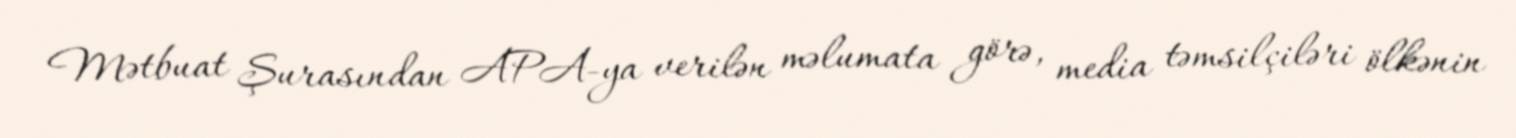
Mətbuat Şurasından APA-ya verilən məlumata görə, media təmsilçiləri ölkənin